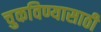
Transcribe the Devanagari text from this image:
चुकविण्यासाठी